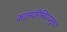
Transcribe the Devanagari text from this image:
कालपरिस्थित्यनुरूप